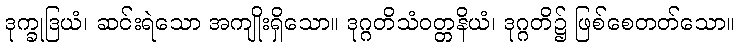
ဒုက္ခုဒြယံ၊ ဆင်းရဲသော အကျိုးရှိသော။ ဒုဂ္ဂတိသံဝတ္တနိယံ၊ ဒုဂ္ဂတိ၌ ဖြစ်စေတတ်သော။